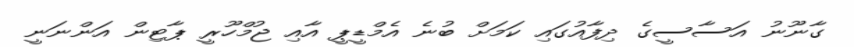
ގާނޫނު އަސާސީގެ ދިފާއުގައި ކަމަށް ބުނެ އެމްޑީޕީ އާއި ޖުމްހޫރީ ޕާޓިން އަންނަނީ